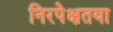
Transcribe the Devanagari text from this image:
निरपेक्षतया